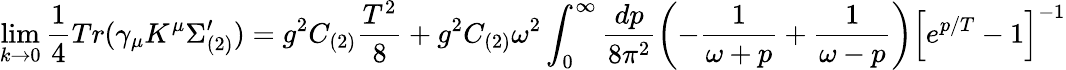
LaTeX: \operatorname*{lim}_{k\rightarrow 0}{\frac{1}{4}}Tr(\gamma_{\mu}K^{\mu}\Sigma_{(2)}^{\prime})=g^{2}C_{(2)}{\frac{T^{2}}{8}}+g^{2}C_{(2)}\omega^{2}\int_{0}^{\infty}{\frac{dp}{8\pi^{2}}}\biggl(-{\frac{1}{\omega+p}}+{\frac{1}{\omega-p}}\biggr)\left[e^{p/T}-1\right]^{-1}